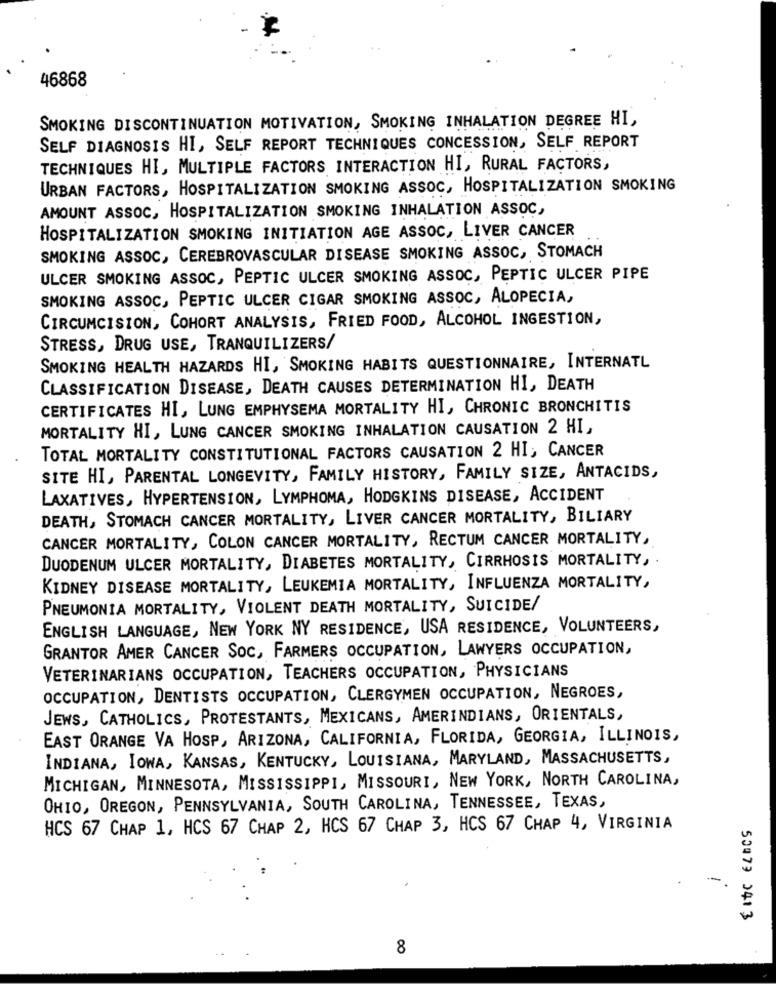
46868
SMOKING DISCONTINUATION MOTIVATION, SMOKING INHALATION DEGREE HI,
SELF DIAGNOSIS HI, SELF REPORT TECHNIQUES CONCESSION, SELF REPORT
TECHNIQUES HI, MULTIPLE FACTORS INTERACTION HI, RURAL FACTORS,
URBAN FACTORS, HOSPITALIZATION SMOKING ASSOC, HOSPITALIZATION SMOKING
AMOUNT ASSOC, HOSPITALIZATION SMOKING INHALATION ASSOC,
HOSPITALIZATION SMOKING INITIATION AGE ASSOC, LIVER CANCER
SMOKING ASSOC, CEREBROVASCULAR DISEASE SMOKING ASSOC, STOMACH
ULCER SMOKING ASSOC, PEPTIC ULCER SMOKING ASSOC, PEPTIC ULCER PIPE
SMOKING ASSOC, PEPTIC ULCER CIGAR SMOKING ASSOC, ALOPECIA,
CIRCUMCISION, COHORT ANALYSIS, FRIED FOOD, ALCOHOL INGESTION,
STRESS, DRUG USE, TRANQUILIZERS/
SMOKING HEALTH HAZARDS HI, SMOKING HABITS QUESTIONNAIRE, INTERNATL
CLASSIFICATION DISEASE, DEATH CAUSES DETERMINATION HI, DEATH
CERTIFICATES HI, LUNG EMPHYSEMA MORTALITY HI, CHRONIC BRONCHITIS
MORTALITY HI, LUNG CANCER SMOKING INHALATION CAUSATION 2 HI,
TOTAL MORTALITY CONSTITUTIONAL FACTORS CAUSATION 2 HI, CANCER
SITE HI, PARENTAL LONGEVITY, FAMILY HISTORY, FAMILY SIZE, ANTACIDS,
LAXATIVES, HYPERTENSION, LYMPHOMA, HODGKINS DISEASE, ACCIDENT
DEATH, STOMACH CANCER MORTALITY, LIVER CANCER MORTALITY, BILIARY
CANCER MORTALITY, COLON CANCER MORTALITY, RECTUM CANCER MORTALITY,
DUODENUM ULCER MORTALITY, DIABETES MORTALITY, CIRRHOSIS MORTALITY, .
KIDNEY DISEASE MORTALITY, LEUKEMIA MORTALITY, INFLUENZA MORTALITY,
PNEUMONIA MORTALITY, VIOLENT DEATH MORTALITY, SUICIDE/
ENGLISH LANGUAGE, NEW YORK NY RESIDENCE, USA RESIDENCE, VOLUNTEERS,
GRANTOR AMER CANCER SOC, FARMERS OCCUPATION, LAWYERS OCCUPATION,
VETERINARIANS OCCUPATION, TEACHERS OCCUPATION, PHYSICIANS
OCCUPATION, DENTISTS OCCUPATION, CLERGYMEN OCCUPATION, NEGROES,
JEWS, CATHOLICS, PROTESTANTS, MEXICANS, AMERINDIANS, ORIENTALS,
EAST ORANGE VA HOSP, ARIZONA, CALIFORNIA, FLORIDA, GEORGIA, ILLINOIS,
INDIANA, IOWA, KANSAS, KENTUCKY, LOUISIANA, MARYLAND, MASSACHUSETTS,
MICHIGAN, MINNESOTA, MISSISSIPPI, MISSOURI, NEW YORK, NORTH CAROLINA,
OHIO, OREGON, PENNSYLVANIA, SOUTH CAROLINA, TENNESSEE, TEXAS,
HCS 67 CHAP 1, HCS 67 CHAP 2, HCS 67 CHAP 3, HCS 67 CHAP 4, VIRGINIA
-
50073 2413
8